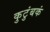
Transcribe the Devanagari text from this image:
कुटुंबकं